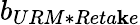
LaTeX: b_{URM*Reta\mathbf{k}e}